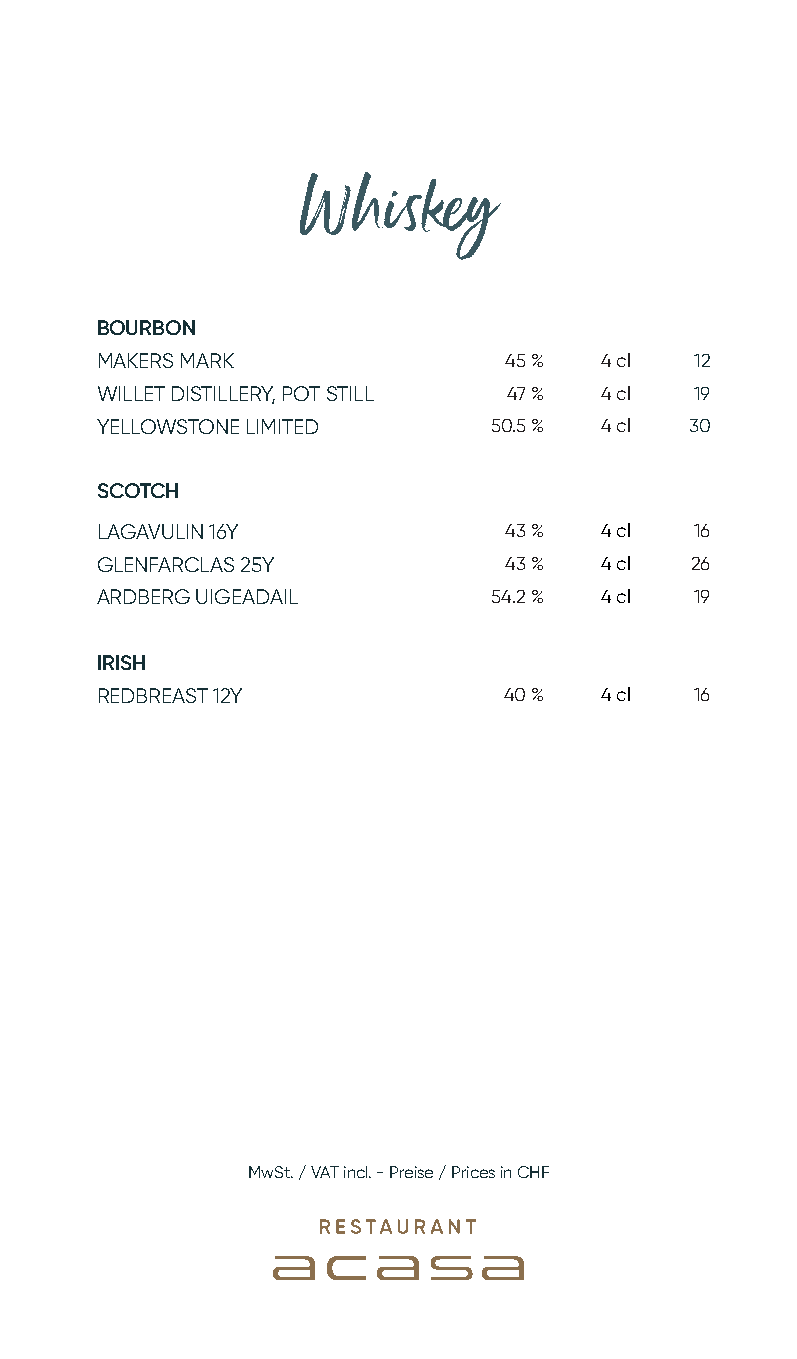
Whiskey
 BOURBON
 MAKERS MARK                45 %   4 cl  12
 WILLET DISTILLERY, POT STILL 47 % 4 cl  19
 YELLOWSTONE LIMITED       50.5 %  4 cl 30
 SCOTCH
 LAGAVULIN 16Y              43 %   4 cl  16
 GLENFARCLAS 25Y            43 %   4 cl  26
 ARDBERG UIGEADAIL         54.2 %  4 cl  19
 IRISH
 REDBREAST 12Y              40 %   4 cl  16
 MwSt. / VAT incl. - Preise / Prices in CHF